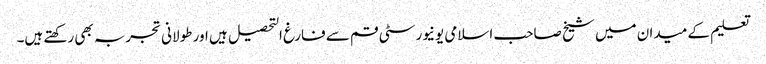
تعلیم کے میدان میں شیخ صاحب اسلامی یونیورسٹی قم سے فارغ التحصیل ہیں اور طولانی تجربہ بھی رکھتے ہیں۔